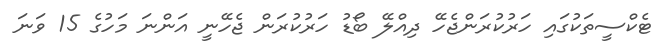
ޓެކްސީތަކުގައި ހަރުކުރަންޖެހޭ ދިއްލޭ ބޯޑު ހަރުކުރަން ޖެހޭނީ އަންނަ މަހުގެ 15 ވަނަ